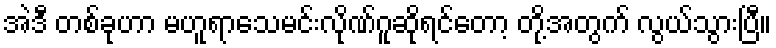
အဲဒီ တစ်ခုဟာ မဟူရာသေမင်းလိုဏ်ဂူဆိုရင်တော့ တို့အတွက် လွယ်သွားပြီ။